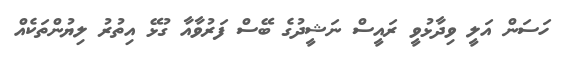
ހަސަން އަލީ ވިދާޅުވީ ރައީސް ނަޝީދުގެ ބޭސް ފަރުވާއާ ގުޅޭ އިތުރު ލިޔުންތަކެއް